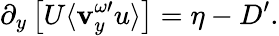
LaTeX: \partial_{y}\left[U\langle\mathbf{v}_{y}^{\omega\prime}u\rangle\right]=\eta-D^{\prime}.